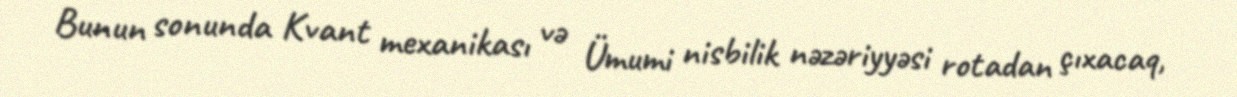
Bunun sonunda Kvant mexanikası və Ümumi nisbilik nəzəriyyəsi rotadan çıxacaq,